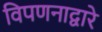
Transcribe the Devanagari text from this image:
विपणनाद्वारे